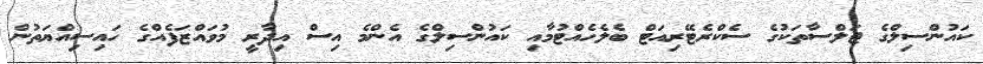
ކައުންސިލްގެ ޖަލްސާތަކުގެ ސެކްރެޓޭރިއަޓް ބެލެހެއްޓުމާއި ކައުންސިލްގެ އެންމެ އިސް އިދާރީ މުވައްޒަފެއްގެ ހައިސިއްޔަތުން